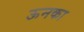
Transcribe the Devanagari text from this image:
ऊनका